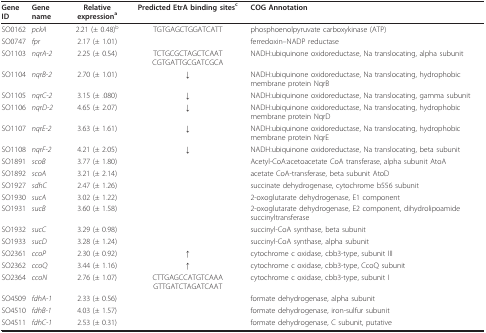
<table><thead><tr><td><b>Gene ID</b></td><td><b>Gene name</b></td><td><b>Relative expression<sup>a</sup></b></td><td><b>Predicted EtrA binding sites<sup>c</sup></b></td><td><b>COG Annotation</b></td></tr></thead><tbody><tr><td>SO0162</td><td><i>pckA</i></td><td>2.21 (± 0.48)<sup>b</sup></td><td>TGTGAGCTGGATCATT</td><td>phosphoenolpyruvate carboxykinase (ATP)</td></tr><tr><td>SO0747</td><td><i>fpr</i></td><td>2.17 (± 1.01)</td><td></td><td>ferredoxin--NADP reductase</td></tr><tr><td>SO1103</td><td><i>nqrA-2</i></td><td>2.25 (± 0.54)</td><td>TCTGCGCTAGCTCAAT CGTGATTGCGATCGCA</td><td>NADH:ubiquinone oxidoreductase, Na translocating, alpha subunit</td></tr><tr><td>SO1104</td><td><i>nqrB-2</i></td><td>2.70 (± 1.01)</td><td>↓</td><td>NADH:ubiquinone oxidoreductase, Na translocating, hydrophobic membrane protein NqrB</td></tr><tr><td>SO1105</td><td><i>nqrC-2</i></td><td>3.15 (± .080)</td><td>↓</td><td>NADH:ubiquinone oxidoreductase, Na translocating, gamma subunit</td></tr><tr><td>SO1106</td><td><i>nqrD-2</i></td><td>4.65 (± 2.07)</td><td>↓</td><td>NADH:ubiquinone oxidoreductase, Na translocating, hydrophobic membrane protein NqrD</td></tr><tr><td>SO1107</td><td><i>nqrE-2</i></td><td>3.63 (± 1.61)</td><td>↓</td><td>NADH:ubiquinone oxidoreductase, Na translocating, hydrophobic membrane protein NqrE</td></tr><tr><td>SO1108</td><td><i>nqrF-2</i></td><td>4.21 (± 2.05)</td><td>↓</td><td>NADH:ubiquinone oxidoreductase, Na translocating, beta subunit</td></tr><tr><td>SO1891</td><td><i>scoB</i></td><td>3.77 (± 1.80)</td><td></td><td>Acetyl-CoA:acetoacetate CoA transferase, alpha subunit AtoA</td></tr><tr><td>SO1892</td><td><i>scoA</i></td><td>3.21 (± 2.14)</td><td></td><td>acetate CoA-transferase, beta subunit AtoD</td></tr><tr><td>SO1927</td><td><i>sdhC</i></td><td>2.47 (± 1.26)</td><td></td><td>succinate dehydrogenase, cytochrome b556 subunit</td></tr><tr><td>SO1930</td><td><i>sucA</i></td><td>3.02 (± 1.22)</td><td></td><td>2-oxoglutarate dehydrogenase, E1 component</td></tr><tr><td>SO1931</td><td><i>sucB</i></td><td>3.60 (± 1.58)</td><td></td><td>2-oxoglutarate dehydrogenase, E2 component, dihydrolipoamide succinyltransferase</td></tr><tr><td>SO1932</td><td><i>sucC</i></td><td>3.29 (± 0.98)</td><td></td><td>succinyl-CoA synthase, beta subunit</td></tr><tr><td>SO1933</td><td><i>sucD</i></td><td>3.28 (± 1.24)</td><td></td><td>succinyl-CoA synthase, alpha subunit</td></tr><tr><td>SO2361</td><td><i>ccoP</i></td><td>2.30 (± 0.92)</td><td>↑</td><td>cytochrome c oxidase, cbb3-type, subunit III</td></tr><tr><td>SO2362</td><td><i>ccoQ</i></td><td>3.44 (± 1.16)</td><td>↑</td><td>cytochrome c oxidase, cbb3-type, CcoQ subunit</td></tr><tr><td>SO2364</td><td><i>ccoN</i></td><td>2.76 (± 1.07)</td><td>CTTGAGCCATGTCAAA GTTGATCTAGATCAAT</td><td>cytochrome c oxidase, cbb3-type, subunit I</td></tr><tr><td>SO4509</td><td><i>fdhA-1</i></td><td>2.33 (± 0.56)</td><td></td><td>formate dehydrogenase, alpha subunit</td></tr><tr><td>SO4510</td><td><i>fdhB-1</i></td><td>4.03 (± 1.57)</td><td></td><td>formate dehydrogenase, iron-sulfur subunit</td></tr><tr><td>SO4511</td><td><i>fdhC-1</i></td><td>2.53 (± 0.31)</td><td></td><td>formate dehydrogenase, C subunit, putative</td></tr></tbody></table>